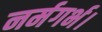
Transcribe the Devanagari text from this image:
नर्मगर्भ।